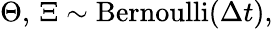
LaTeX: \Theta,\, \Xi\sim\operatorname{Bernoulli}(\Delta{t}),